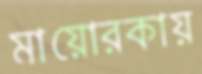
মায়োরকায়